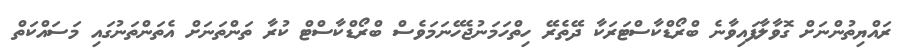
ރައްޔިތުންނަށް ގޮވާލާފައިވާނެ ބްރޯޑްކާސްޓަރަކާ ދޭތެރޭ ހިތްހަމަނުޖެހޭނަމަވެސް ބްރޯޑްކާސްޓް ކުރާ ތަންތަނަށް އެތަންތަނުގައި މަސައްކަތް